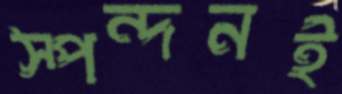
স্পন্দনই